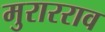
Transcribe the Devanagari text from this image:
मुरारराव